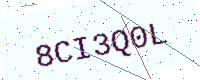
Text: 8CI3Q0L